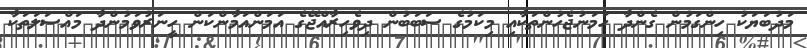
މަދުބަޔަކު ހިންގަމުން ގެންދާ ހަމަނުޖެހުންތަކާއި މިކަމުގެ ސަބަބުން ދިވެހިރާއްޖޭގެ އަމަންއަމާންކަން ހީނަރުވަމުންދާ މައްސަލަތަކާ